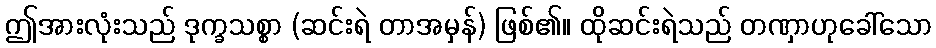
ဤအားလုံးသည် ဒုက္ခသစ္စာ (ဆင်းရဲ တာအမှန်) ဖြစ်၏။ ထိုဆင်းရဲသည် တဏှာဟုခေါ်သော